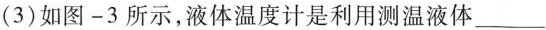
(3)如图—3所示，液体温度计是利用测温液体___的性质制成的。